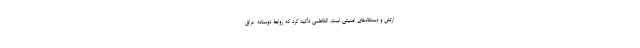
ارتش و دستگاه‌های امنیتی است. الکاظمی تأکید کرد که روابط دوستانه عراق